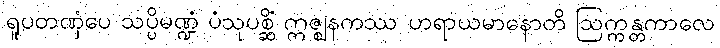
ရူပတဏှံပေ သပ္ပိမဏ္ဍံ ပံသုပစ္ဆိံ ဣဇ္ဈနကဿ ဟရာယမာနောတိ ဩက္ကန္တကာလေ